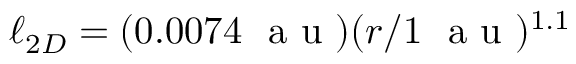
\ell _ { 2 D } = ( 0 . 0 0 7 4 ~ \mathrm { ~ a ~ u ~ } ) ( r / 1 ~ \mathrm { ~ a ~ u ~ } ) ^ { 1 . 1 }